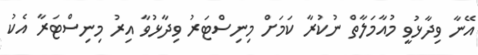
އޭނާ ވިދާޅުވީ މުއާމަލާތް ނުކުރާ ކަމަށް މިނިސްޓަރު ވިދާޅުވާ އިރު މިނިސްޓަރާ އެކު